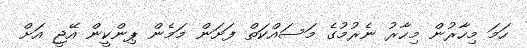
ހަމަ މިހާރުން މިހާރު ނެރުމުގެ މަސައްކަތް ފަށަން މަމެން ޕިންކީން އޭޖީ އަށް